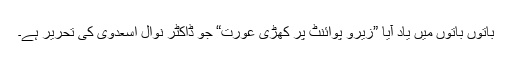
باتوں باتوں میں یاد آیا ”زیرو پوائنٹ پر کھڑی عورت“ جو ڈاکٹر نوال اسعدوی کی تحریر ہے۔